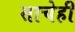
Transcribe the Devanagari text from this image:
साचेही